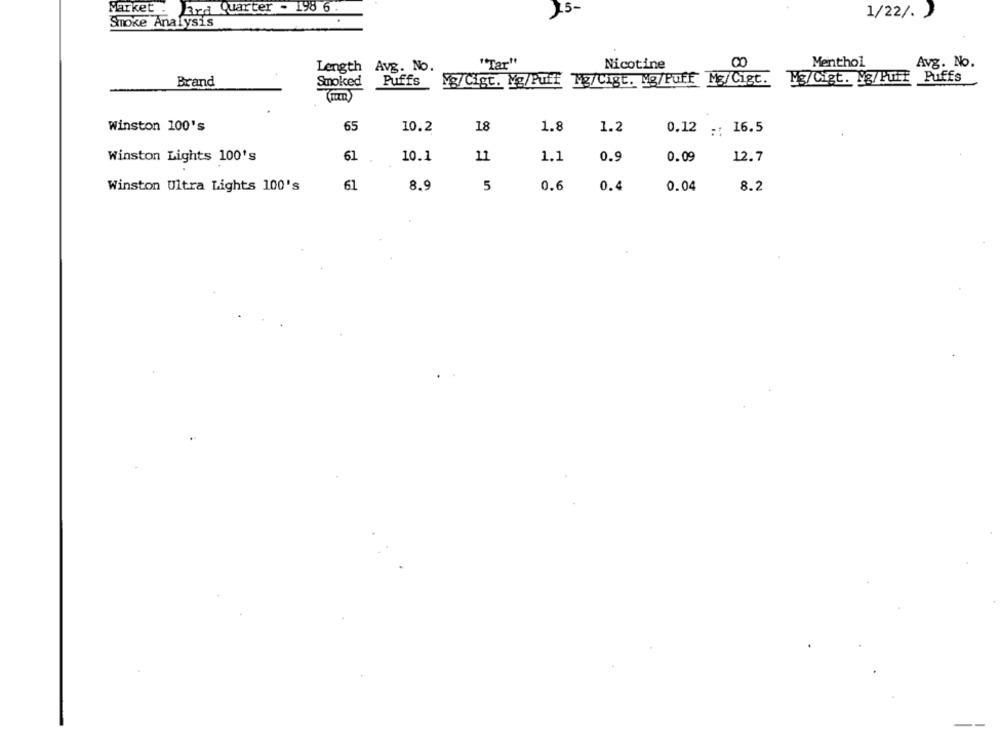
Parket . Era Quarter - 198 6.
25-
1/22/. )
Smoke Analysis
Length
Avg. No.
"Tar"
Nicotine
Menthol
Avg. No.
Brand
Smoked
Puffs
§g/Cigt. Ng/Puff Mg/Cigt. Ng/Puff Mg/Cigt.
M3/Cigt. Pg/Puff
Puffs
Winston 100's
65
10.2
18
1.8
1.2
0.12 :: 16.5
61
10.1
11
1.1
0.9
0.09
12.7
Winston Lights 100's
Winston Ultra Lights 100's
61
8.9
5
0.6
0.4
0.04
8.2